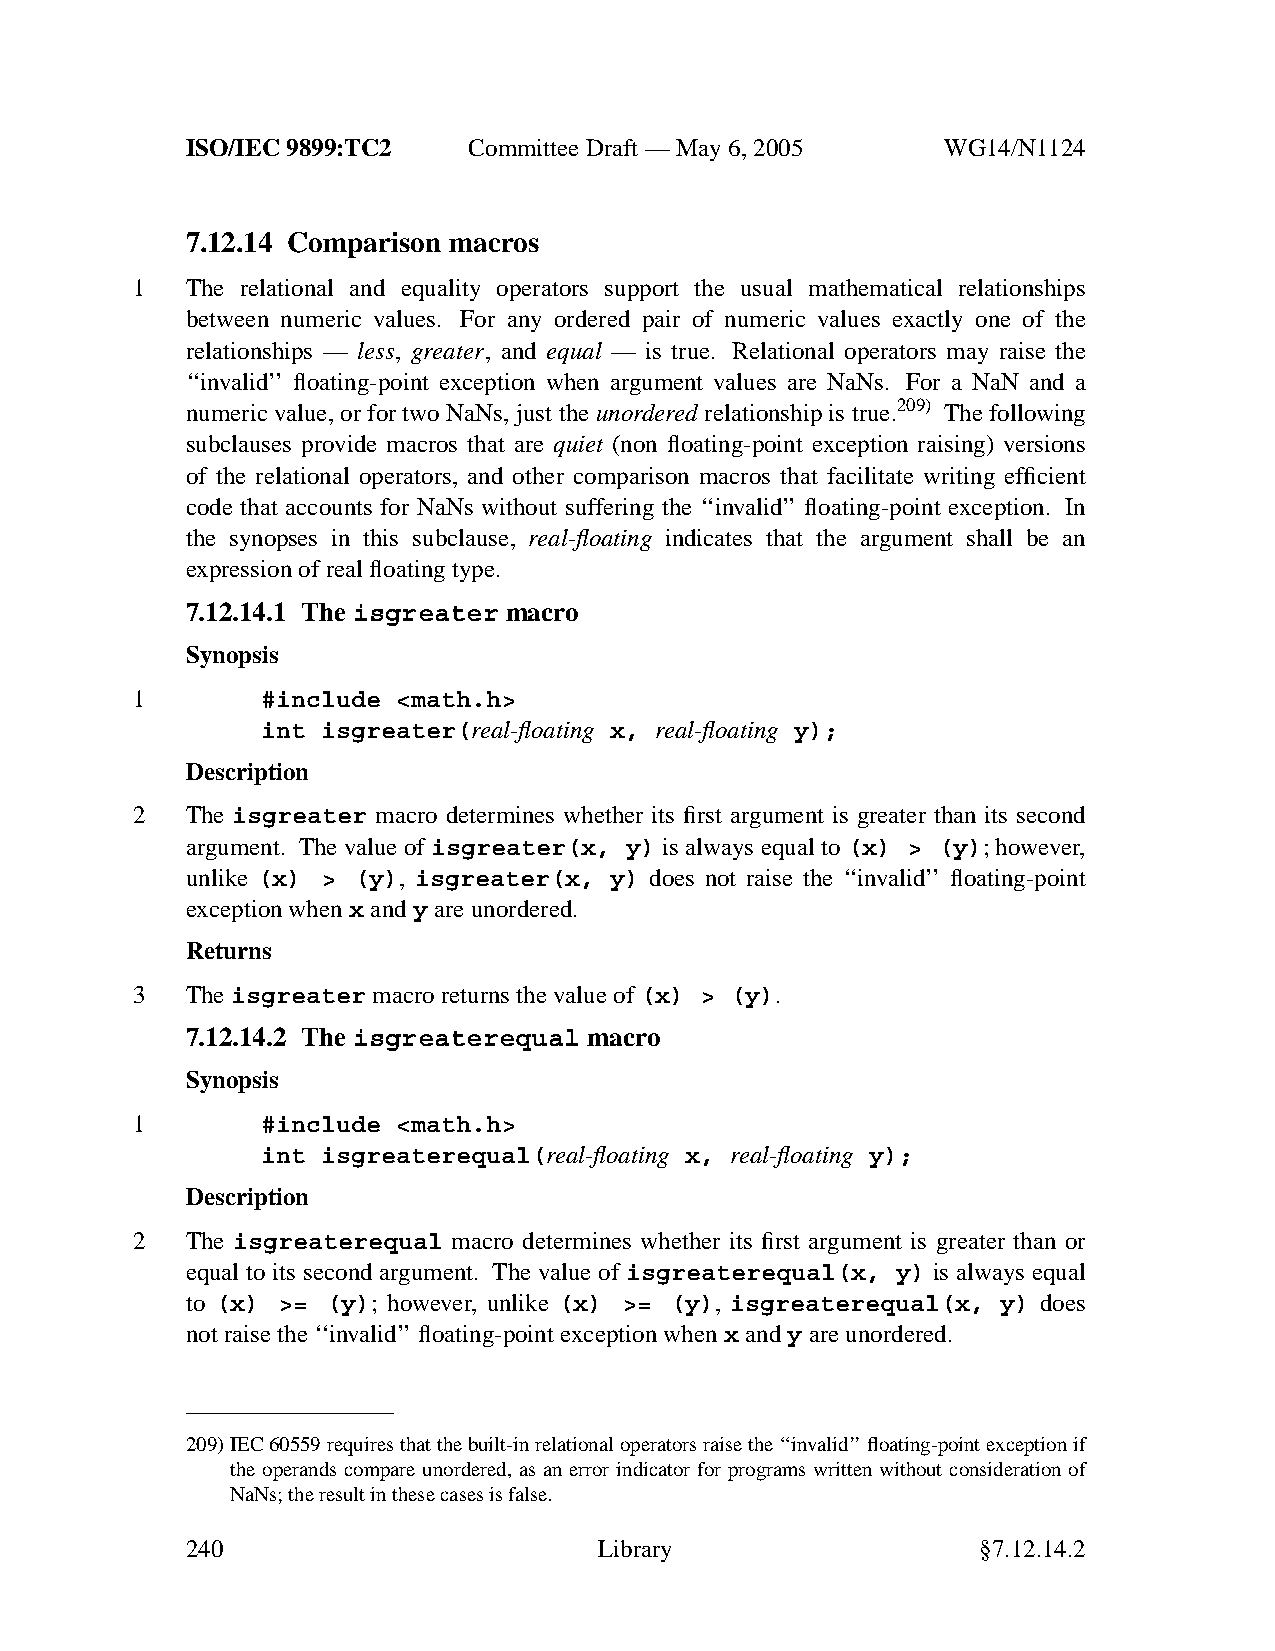
ISO/IEC 9899:TC2   Committee Draft — May 6, 2005   WG14/N1124
 7.12.14 Comparison macros
 1  The relational and equality operators support the usual mathematical relationships
 between numeric values. For any ordered pair of numeric values exactly one of the
 relationships — less, greater, and equal — is true. Relational operators may raise the
 ‘‘invalid’’ floating-point exception when argument values are NaNs. For a NaN and a
 numeric value, or for two NaNs, just the unordered relationship is true.209) The following
 subclauses provide macros that are quiet (non floating-point exception raising) versions
 of the relational operators, and other comparison macros that facilitate writing efficient
 code that accounts for NaNs without suffering the ‘‘invalid’’ floating-point exception. In
 the synopses in this subclause, real-floating indicates that the argument shall be an
 expression of real floating type.
 7.12.14.1 The isgreater macro
 Synopsis
 1       #include <math.h>
 int isgreater(real-floating x, real-floating y);
 Description
 2  The isgreater macro determines whether its first argument is greater than its second
 argument. The value of isgreater(x, y) is always equal to (x) > (y); howev er,
 unlike (x) > (y), isgreater(x, y) does not raise the ‘‘invalid’’ floating-point
 exception whenx andy are unordered.
 Returns
 3  Theisgreater macro returns the value of(x) > (y).
 7.12.14.2 The isgreaterequal macro
 Synopsis
 1       #include <math.h>
 int isgreaterequal(real-floating x, real-floating y);
 Description
 2  The isgreaterequal macro determines whether its first argument is greater than or
 equal to its second argument. The value of isgreaterequal(x, y) is always equal
 to (x) >= (y); howev er, unlike (x) >= (y), isgreaterequal(x, y) does
 not raise the ‘‘invalid’’floating-point exception whenx andy are unordered.
 209)IEC 60559requires that the built-in relational operators raise the ‘‘invalid’’floating-point exception if
 the operands compare unordered, as an error indicator for programs written without consideration of
 NaNs; the result in these cases is false.
 240                         Library                  §7.12.14.2